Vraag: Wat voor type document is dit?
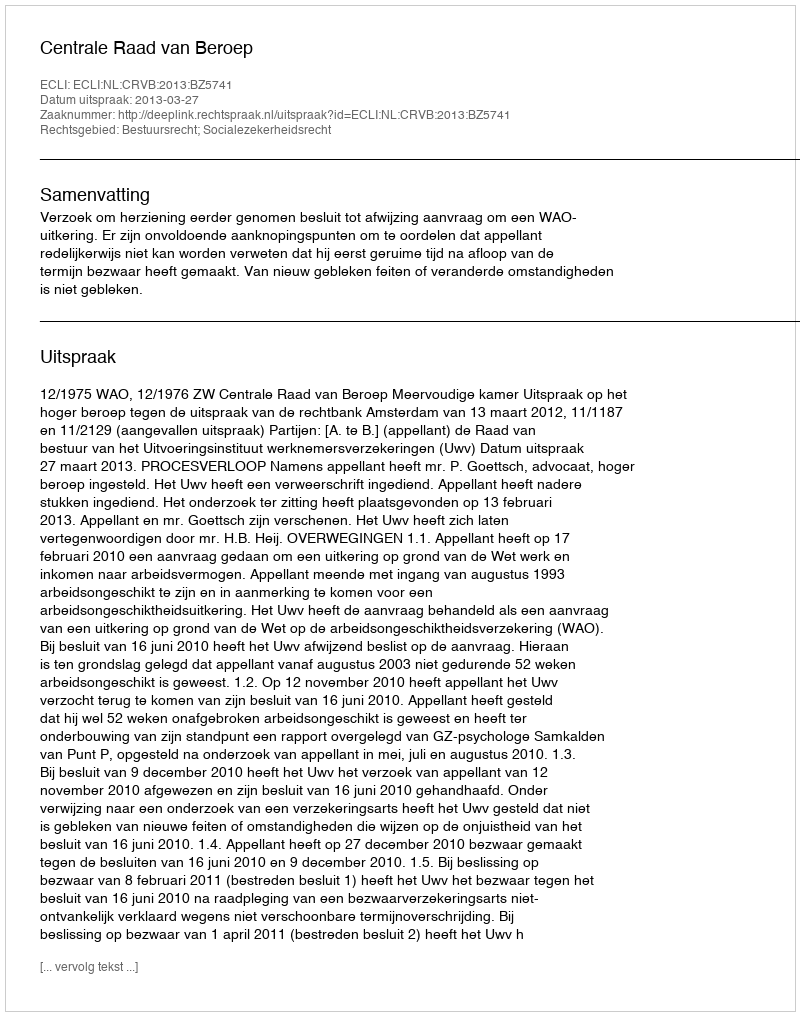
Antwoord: Uitspraak